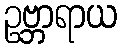
ဥဗ္ဘာရာယ